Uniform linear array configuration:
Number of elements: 12
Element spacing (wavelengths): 0.75
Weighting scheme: cosine
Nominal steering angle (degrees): -30
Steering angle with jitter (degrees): -31.263
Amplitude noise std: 0.05
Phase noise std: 0.05

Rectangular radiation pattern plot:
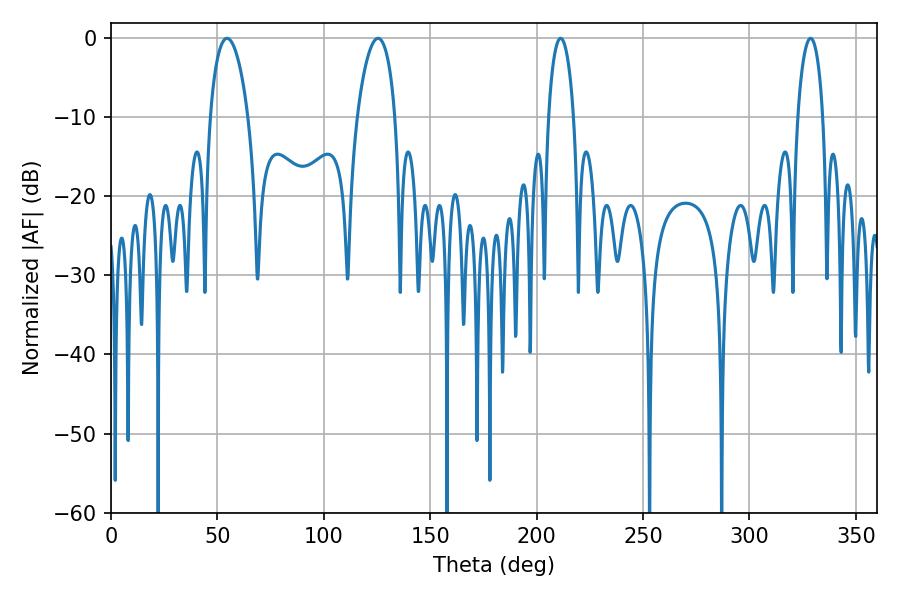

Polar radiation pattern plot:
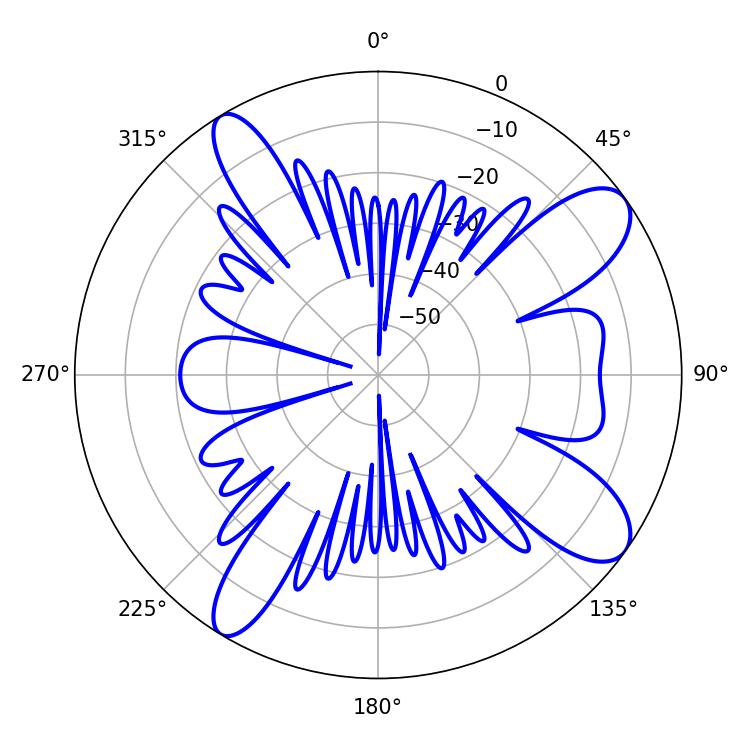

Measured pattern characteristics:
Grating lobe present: TRUE
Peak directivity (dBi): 10.325
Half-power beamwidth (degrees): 10.08
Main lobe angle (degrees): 54.54